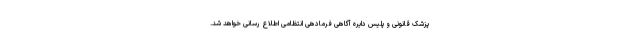
پزشک قانونی و پلیس دایره آگاهی فرمادهی انتظامی اطلاع رسانی خواهد شد.